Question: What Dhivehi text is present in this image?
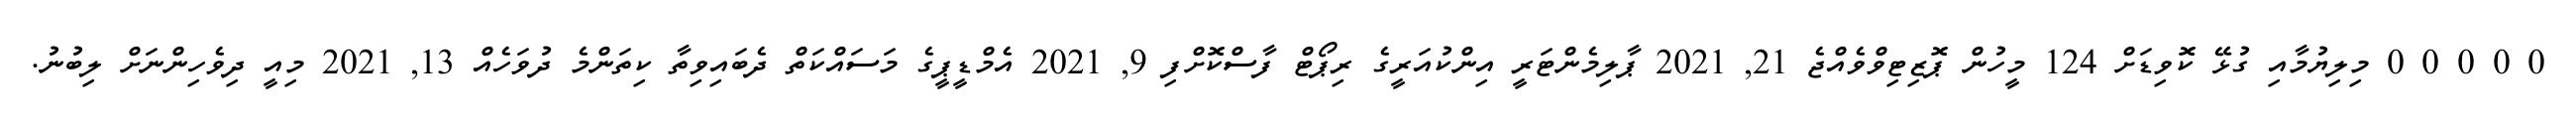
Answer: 0 0 0 0 0 މިލިޔުމާއި ގުޅޭ ކޮވިޑަށް 124 މީހުން ޕޮޒިޓިވްވެއްޖެ 21, 2021 ޕާލިމެންޓަރީ އިންކުއަރީގެ ރިޕޯޓް ފާސްކޮށްފި 9, 2021 އެމްޑީޕީގެ މަސައްކަތް ދެބައިވިތާ ކިތަންމެ ދުވަހެއް 13, 2021 މިއީ ދިވެހިންނަށް ލިބުނު.